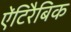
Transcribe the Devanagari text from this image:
ऐंटिरैबिक